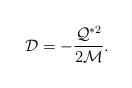
LaTeX: \begin{align*}{\cal D}=-\frac{{\cal Q}^{*2}}{2{\cal M}}.\end{align*}